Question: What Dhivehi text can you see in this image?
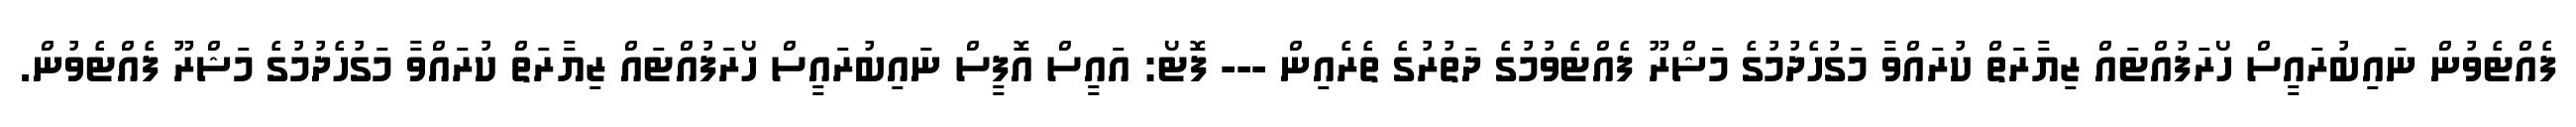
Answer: ފެއްޓެވުން ނައިބުރައީސް ހޯރަފުއްޓައް ޒިޔާރަތް ކުރައްވާ މަގުހެދުމުގެ މަޝްރޫ ފެއްޓެވުމުގެ ދަތުރުގެ ތެރެއިން --- ފޮޓޯ: އައީސް އޮފީސް ނައިބުރައީސް ހޯރަފުއްޓައް ޒިޔާރަތް ކުރައްވާ މަގުހެދުމުގެ މަޝްރޫ ފެއްޓެވުން.